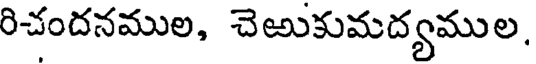
రిచందనముల, చెఱుకుమద్యముల,